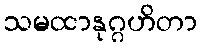
သမထာနုဂ္ဂဟိတာ